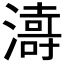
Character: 𱩅